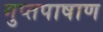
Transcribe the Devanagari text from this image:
गुप्तपाषाण